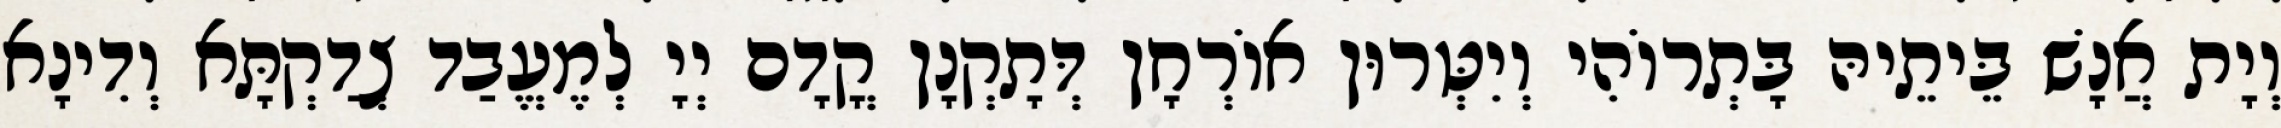
וְיָת אֲנָשׁ בֵּיתֵיהּ בָּתְרוֹהִי וְיִטְּרוּן אוֹרְחָן דְּתָקְנָן קֳדָם יְיָ לְמֶעֱבַד צְדַקְתָּא וְדִינָא